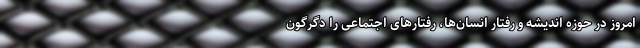
امروز در حوزه اندیشه و رفتار انسان‌ها، رفتارهای اجتماعی را دگرگون